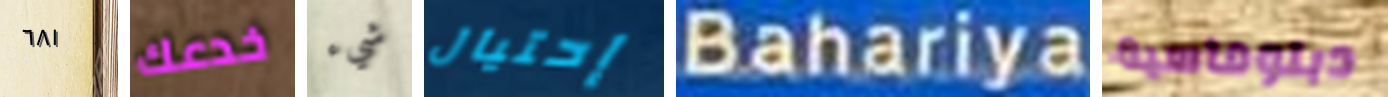
٦٨١ خدعك شيء إحتيال Bahariya دبلوماسية